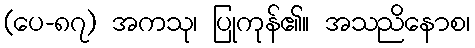
(ပေ-၈၇) အကသု၊ ပြုကုန်၏။ အသညိနောစ၊